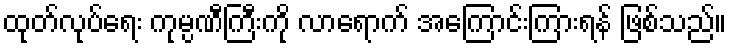
ထုတ်လုပ်ရေး ကုမ္ပဏီကြီးကို လာရောက် အကြောင်းကြားရန် ဖြစ်သည်။